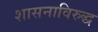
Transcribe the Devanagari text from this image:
शासनाविरुद्ध